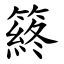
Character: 䈺